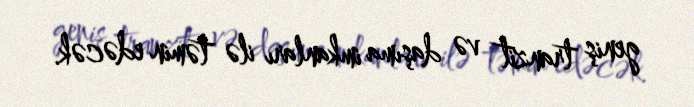
geniş tranzit və daşıma imkanları ilə təmin edəcək.